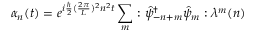
\alpha _ { n } ( t ) = e ^ { i { \frac { \hbar } { 2 } } ( { \frac { 2 \pi } { L } } ) ^ { 2 } n ^ { 2 } t } \sum _ { m } : { \hat { \psi } _ { - n + m } } ^ { \dagger } \hat { \psi } _ { m } : \lambda ^ { m } ( n )